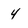
Character: 4